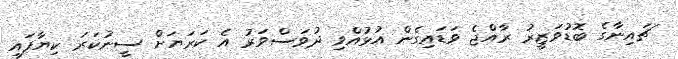
ޗައިނާގެ ބޮޑުވަޒީރު ރާއްޖެ ވަޑައިގެން އުޅުއްވި ދުވަސްވަރު އެ ކަރަޔަށް ސީނުކަރަ ކިޔާފައި